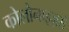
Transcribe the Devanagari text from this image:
कोलोनाइज़र्स